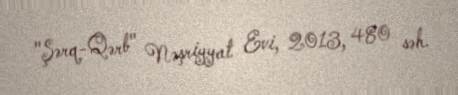
"Şərq-Qərb" Nəşriyyat Evi, 2013, 480 səh.